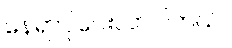
နေရာပိုပေးလာပါတယ်။